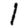
Digit: 1